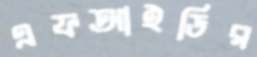
এফআইডির